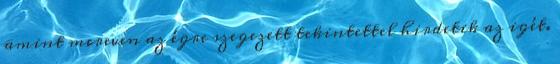
amint mereven az égre szegezett tekintettel hirdetik az igét.